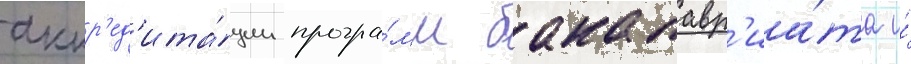
аккр'ед'ита́ции програ́мм бакалавр'иа́та и́